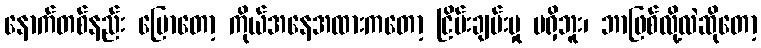
နောက်တစ်နည်း ပြောတော့ ကိုယ်အနေအထားကတော့ ငြိမ်းချမ်းမှု မရှိဘူး၊ ဘာဖြစ်လို့လဲဆိုတော့